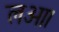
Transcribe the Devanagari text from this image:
लओ।